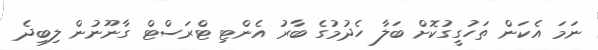
ނަމަ އެކަން ތަހުގީގުކޮށް ބަލާ ހެދުމުގެ ބާރު އެންޓި ޓްރަސްޓް ގާނޫނުން ލިބިދެ